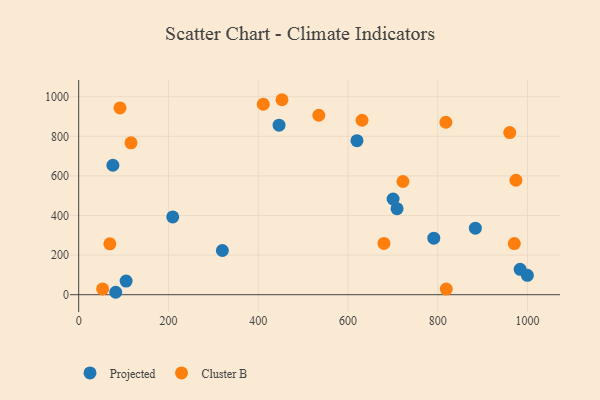
{"axis": {"x": "Engine Size", "y": "Salary"}, "legend": ["Cluster B", "Projected"], "data": [{"x": "983.6", "y": 128.2, "type": "Projected"}, {"x": "620.0", "y": 777.8, "type": "Projected"}, {"x": "82.5", "y": 12.3, "type": "Projected"}, {"x": "446.4", "y": 856.1, "type": "Projected"}, {"x": "791.2", "y": 285.5, "type": "Projected"}, {"x": "883.8", "y": 336.1, "type": "Projected"}, {"x": "999.7", "y": 98.1, "type": "Projected"}, {"x": "209.5", "y": 392.7, "type": "Projected"}, {"x": "320.1", "y": 223.2, "type": "Projected"}, {"x": "105.6", "y": 69.0, "type": "Projected"}, {"x": "709.3", "y": 434.6, "type": "Projected"}, {"x": "700.5", "y": 483.5, "type": "Projected"}, {"x": "76.2", "y": 653.9, "type": "Projected"}, {"x": "818.1", "y": 871.1, "type": "Cluster B"}, {"x": "722.4", "y": 571.7, "type": "Cluster B"}, {"x": "970.6", "y": 258.1, "type": "Cluster B"}, {"x": "535.0", "y": 906.3, "type": "Cluster B"}, {"x": "69.4", "y": 257.1, "type": "Cluster B"}, {"x": "631.3", "y": 881.2, "type": "Cluster B"}, {"x": "92.0", "y": 943.5, "type": "Cluster B"}, {"x": "411.2", "y": 961.9, "type": "Cluster B"}, {"x": "53.3", "y": 29.4, "type": "Cluster B"}, {"x": "680.1", "y": 258.9, "type": "Cluster B"}, {"x": "452.9", "y": 984.8, "type": "Cluster B"}, {"x": "960.4", "y": 819.1, "type": "Cluster B"}, {"x": "819.0", "y": 28.5, "type": "Cluster B"}, {"x": "116.5", "y": 767.3, "type": "Cluster B"}, {"x": "974.2", "y": 578.2, "type": "Cluster B"}]}